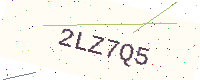
Text: 2LZ7Q5